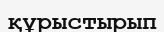
құрыстырып